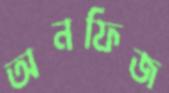
অনফিজ